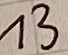
Text: 13